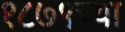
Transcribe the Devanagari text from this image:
१८७९च्या